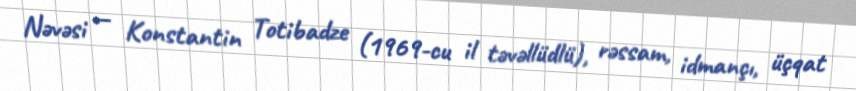
Nəvəsi — Konstantin Totibadze (1969-cu il təvəllüdlü), rəssam, idmançı, üçqat